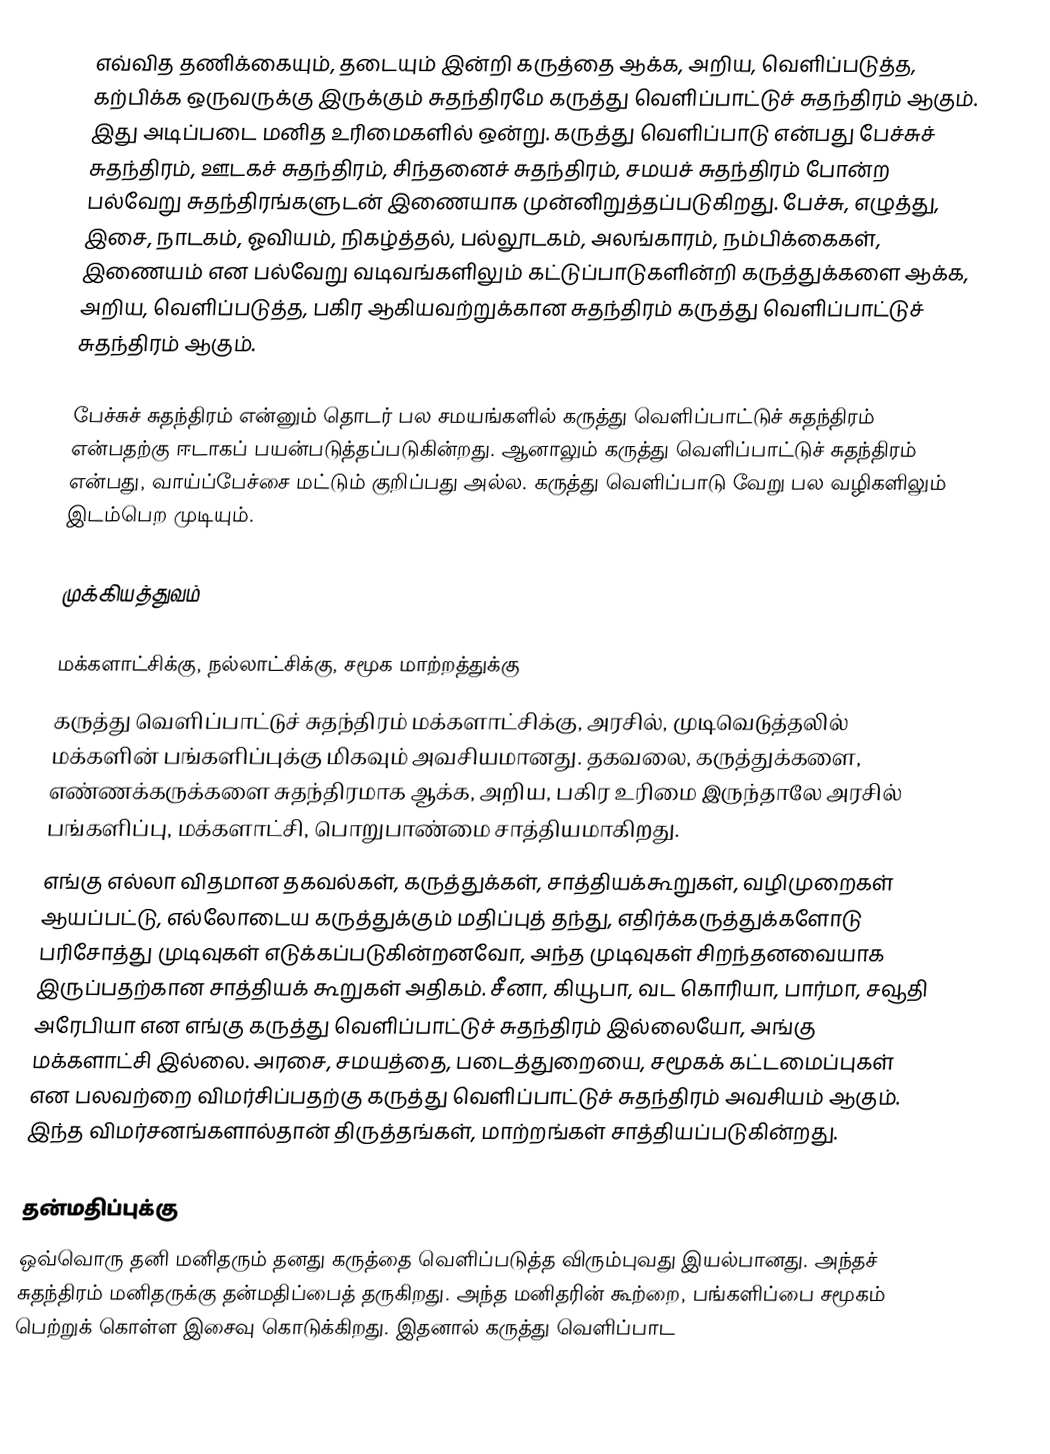
எவ்வித தணிக்கையும், தடையும் இன்றி கருத்தை ஆக்க, அறிய, வெளிப்படுத்த, கற்பிக்க ஒருவருக்கு இருக்கும் சுதந்திரமே கருத்து வெளிப்பாட்டுச் சுதந்திரம் ஆகும். இது அடிப்படை மனித உரிமைகளில் ஒன்று. கருத்து வெளிப்பாடு என்பது பேச்சுச் சுதந்திரம், ஊடகச் சுதந்திரம், சிந்தனைச் சுதந்திரம், சமயச் சுதந்திரம் போன்ற பல்வேறு சுதந்திரங்களுடன் இணையாக முன்னிறுத்தப்படுகிறது. பேச்சு, எழுத்து, இசை, நாடகம், ஓவியம், நிகழ்த்தல், பல்லூடகம், அலங்காரம், நம்பிக்கைகள், இணையம் என பல்வேறு வடிவங்களிலும் கட்டுப்பாடுகளின்றி கருத்துக்களை ஆக்க, அறிய, வெளிப்படுத்த, பகிர ஆகியவற்றுக்கான சுதந்திரம் கருத்து வெளிப்பாட்டுச் சுதந்திரம் ஆகும்.

பேச்சுச் சுதந்திரம் என்னும் தொடர் பல சமயங்களில் கருத்து வெளிப்பாட்டுச் சுதந்திரம் என்பதற்கு ஈடாகப் பயன்படுத்தப்படுகின்றது. ஆனாலும் கருத்து வெளிப்பாட்டுச் சுதந்திரம் என்பது, வாய்ப்பேச்சை மட்டும் குறிப்பது அல்ல. கருத்து வெளிப்பாடு வேறு பல வழிகளிலும் இடம்பெற முடியும்.

முக்கியத்துவம்

மக்களாட்சிக்கு, நல்லாட்சிக்கு, சமூக மாற்றத்துக்கு
கருத்து வெளிப்பாட்டுச் சுதந்திரம் மக்களாட்சிக்கு, அரசில், முடிவெடுத்தலில் மக்களின் பங்களிப்புக்கு மிகவும் அவசியமானது. தகவலை, கருத்துக்களை, எண்ணக்கருக்களை சுதந்திரமாக ஆக்க, அறிய, பகிர உரிமை இருந்தாலே அரசில் பங்களிப்பு, மக்களாட்சி, பொறுபாண்மை சாத்தியமாகிறது.
எங்கு எல்லா விதமான தகவல்கள், கருத்துக்கள், சாத்தியக்கூறுகள், வழிமுறைகள் ஆயப்பட்டு, எல்லோடைய கருத்துக்கும் மதிப்புத் தந்து, எதிர்க்கருத்துக்களோடு பரிசோத்து முடிவுகள் எடுக்கப்படுகின்றனவோ, அந்த முடிவுகள் சிறந்தனவையாக இருப்பதற்கான சாத்தியக் கூறுகள் அதிகம். சீனா, கியூபா, வட கொரியா, பார்மா, சவூதி அரேபியா என எங்கு கருத்து வெளிப்பாட்டுச் சுதந்திரம் இல்லையோ, அங்கு மக்களாட்சி இல்லை. அரசை, சமயத்தை, படைத்துறையை, சமூகக் கட்டமைப்புகள் என பலவற்றை விமர்சிப்பதற்கு கருத்து வெளிப்பாட்டுச் சுதந்திரம் அவசியம் ஆகும். இந்த விமர்சனங்களால்தான் திருத்தங்கள், மாற்றங்கள் சாத்தியப்படுகின்றது.

தன்மதிப்புக்கு
ஒவ்வொரு தனி மனிதரும் தனது கருத்தை வெளிப்படுத்த விரும்புவது இயல்பானது. அந்தச் சுதந்திரம் மனிதருக்கு தன்மதிப்பைத் தருகிறது. அந்த மனிதரின் கூற்றை, பங்களிப்பை சமூகம் பெற்றுக் கொள்ள இசைவு கொடுக்கிறது. இதனால் கருத்து வெளிப்பாட